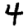
Digit: 4